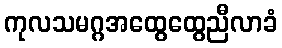
ကုလသမဂ္ဂအထွေထွေညီလာခံ